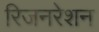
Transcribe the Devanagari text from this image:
रिजनरेशन